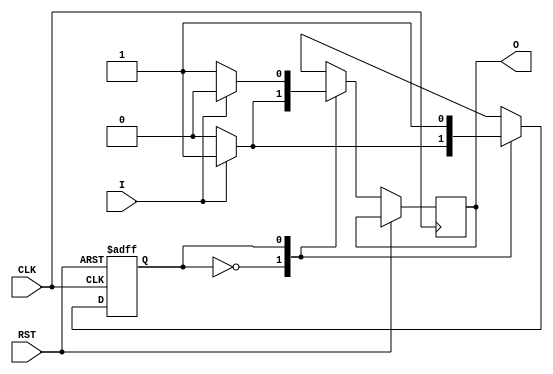
/*
 * Assignment	  : 5
 * Problem No.	  : 2
 * Semester		  : Autumn 2021 
 * Group 		  : 46
 * Name1 		  : Neha Dalmia
 * RollNumber1 	  : 19CS30055
 * Name2 		  : Rajat Bachhawat
 * RollNumber2 	  : 19CS10073
 */

`timescale 1ns / 1ps

module twos_complement(input I, 
	input CLK,
	input RST,
	output reg O
	);
	/*
    S0: State where we output the same value as input (Default State)
    S1: State where we output reverse value as input
    */
	parameter S0 = 1'b0, S1 = 1'b1; 	// State encodings, FSM has 2 states
	reg PS; 							// PS: Present State
					
	always @(posedge CLK or posedge RST) begin
		if (RST) begin
			PS <= S0;					// Async reset, resets to the default state
		end
		else begin  					// On clock +ve edge
			case (PS)
				S0: begin				// S0: The state where we output the same value as input
					if (I) begin		// if we are in state 0 and input is 1 then output is 1 and we move to state 1
						O <= 1'b1;
						PS <= S1;
					end
					else begin			// if we are in state 0 and input is 0 then output is 0 and we remain in state 0
						O <= 1'b0;
						PS <= S0;
					end
				end
				S1: begin				// S1: The state where we output reverse value as input
					if (I) begin		// if we are in state 1 and input is 1 then output is 0 and we remain in state 1
						O <= 1'b0;
						PS <= S1;
					end
					else begin			// if we are in state 1 and input is 0 then output is 1 and we remain in state 1
						O <= 1'b1;
						PS <= S1;
					end
				end
			endcase
		end
	end
endmodule